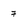
Character: 7